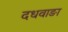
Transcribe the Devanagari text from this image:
दधवाङा